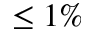
\leq 1 \%